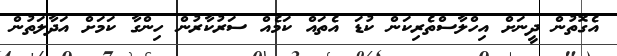
އެގޮތުން ދީނަށް އިހްލާސްތެރިކަން ކުޑަ އެތައް ކަމެއް ސަރުކާރުން ހިންގާ ކަމަށް އަދާލަތުން